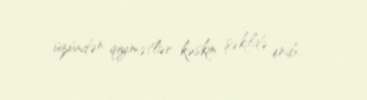
üzündən qiymətlər kəskin şəkildə enib.